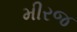
મીરજ